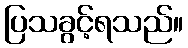
ပြသခွင့်ရသည်။